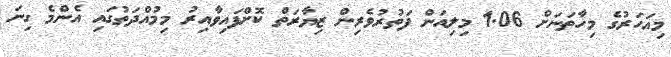
މިއަހަރުގެ މިހާތަނަށް 1.06 މިލިއަން ފަތުރުވެރިން ޒިޔާރަތް ކޮށްފައިވާއިރު މިމުއްދަތުގައި އެންމެ ގިނަ